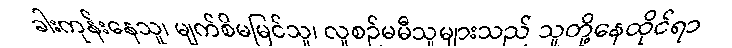
ခါးကုန်းနေသူ၊ မျက်စိမမြင်သူ၊ လူစဉ်မမီသူများသည် သူတို့နေထိုင်ရာ